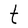
Character: t